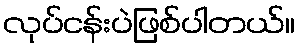
လုပ်ငန်းပဲဖြစ်ပါတယ်။